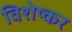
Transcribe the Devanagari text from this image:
विशेष्कर